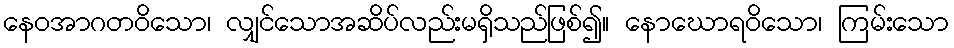
နေဝအာဂတဝိသော၊ လျှင်သောအဆိပ်လည်းမရှိသည်ဖြစ်၍။ နောဃောရဝိသော၊ ကြမ်းသော